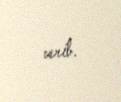
verib.